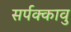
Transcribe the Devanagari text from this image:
सर्पक्कावु